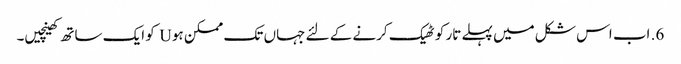
6. اب اس شکل میں پہلے تار کو ٹھیک کرنے کے لئے جہاں تک ممکن ہو U کو ایک ساتھ کھینچیں۔